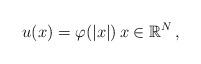
LaTeX: \begin{align*}u(x) = \varphi(|x|)\, x\in\mathbb{R}^N\,,\end{align*}